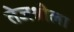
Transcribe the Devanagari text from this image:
तेजश्रीला